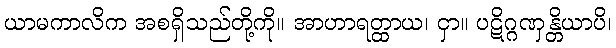
ယာမကာလိက အစရှိသည်တို့ကို။ အာဟာရတ္ထာယ၊ ငှာ။ ပဋိဂ္ဂဏှန္တိယာပိ၊